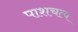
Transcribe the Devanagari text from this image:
पाशचत्य